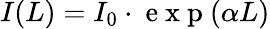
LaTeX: I(L)=I_{0}\cdot\mathrm{~e~x~p~}(\alpha L)